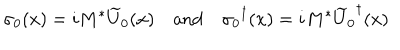
\sigma _ { 0 } ( x ) = i M ^ { * } \widetilde { U } _ { 0 } ( x ) \quad \mathrm { a n d } \quad { \sigma _ { 0 } } ^ { \dagger } ( x ) = i M ^ { * } { \widetilde { U } _ { 0 } } ^ { \dagger } ( x )